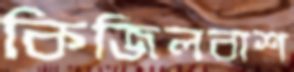
কিজিলবাশ